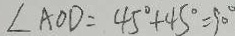
\angle A O D = 4 5 ^ { \circ } + 4 5 ^ { \circ } = 9 0 ^ { \circ }